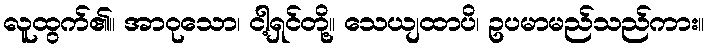
လူထွက်၏။ အာဝုသော၊ ငါ့ရှင်တို့။ သေယျထာပိ၊ ဥပမာမည်သည်ကား။